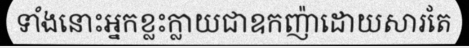
ទាំងនោះអ្នកខ្លះក្លាយជាឧកញ៉ាដោយសារតែ